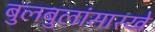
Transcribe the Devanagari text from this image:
बुलबुलांसारखे